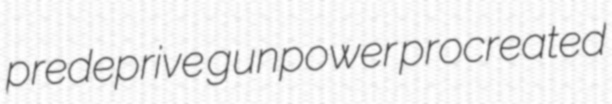
predeprive gunpower procreated